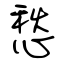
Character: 愁